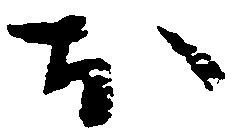
お